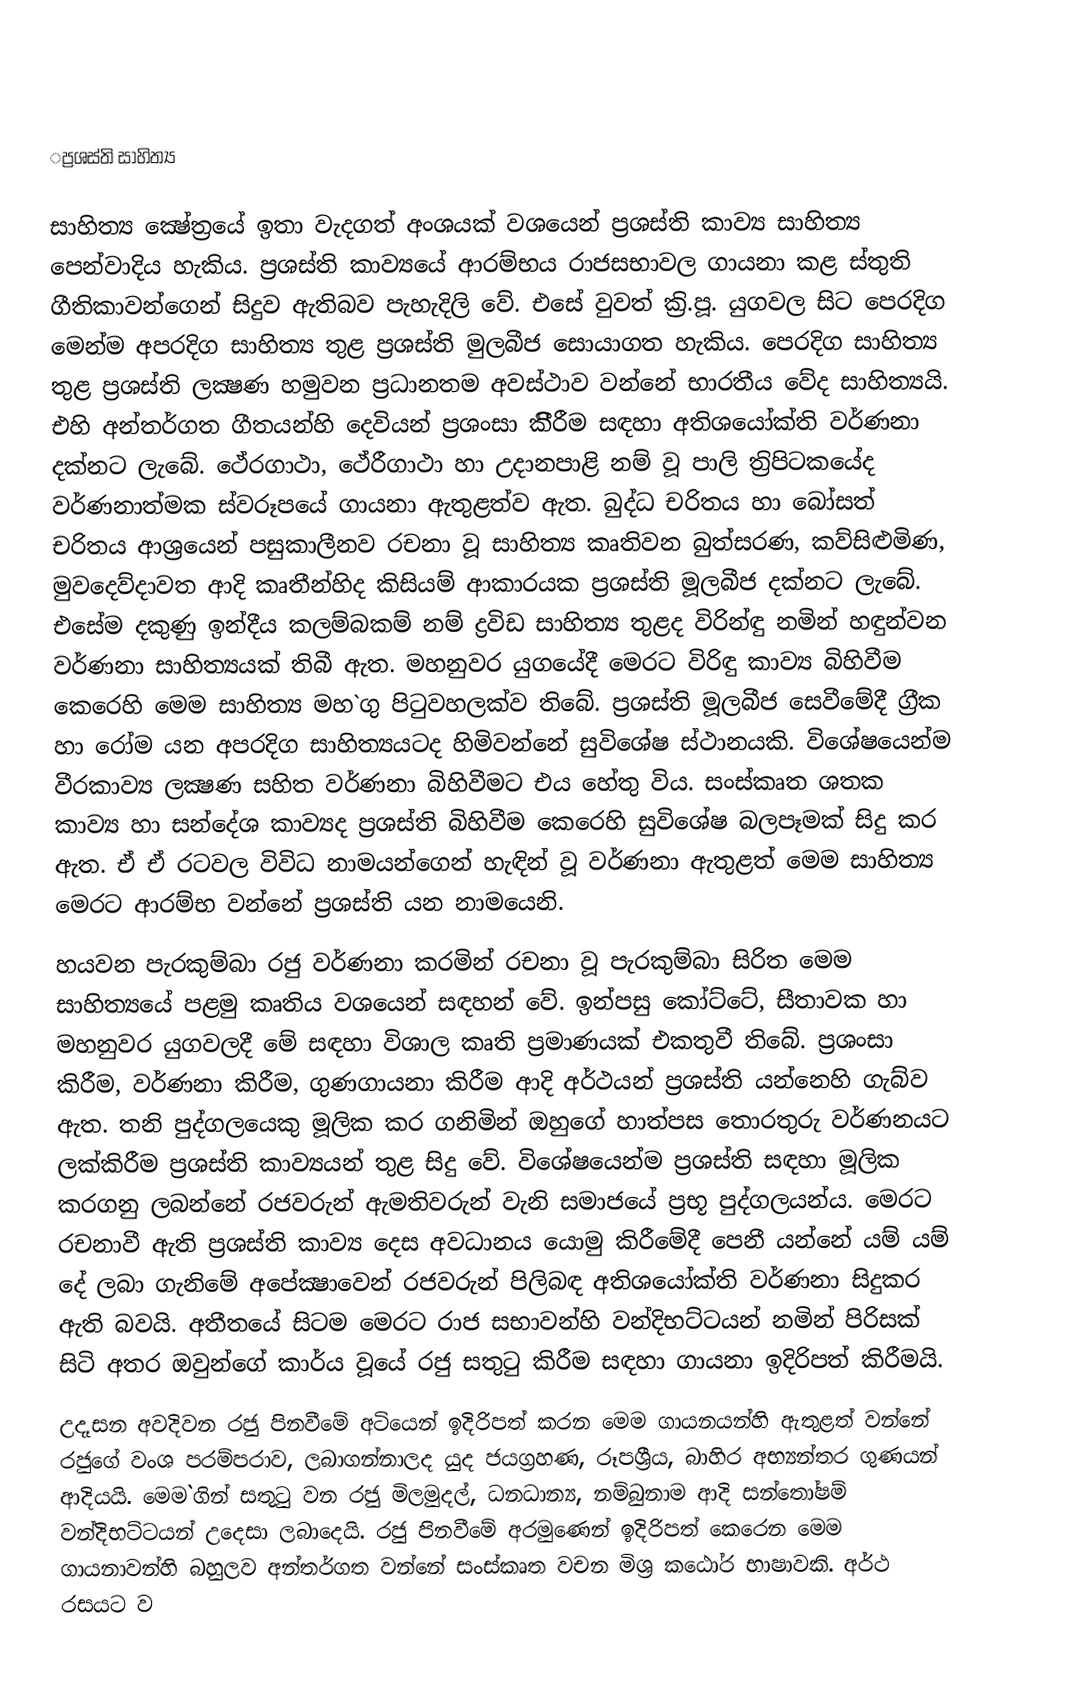

‌ප්‍රශස්ති සාහිත්‍ය

සාහිත්‍ය ක්‍ෂේත‍්‍රයේ ඉතා වැදගත් අංශයක් වශයෙන් ප‍්‍රශස්ති කාව්‍ය සාහිත්‍ය පෙන්වාදිය හැකිය. ප‍්‍රශස්ති කාව්‍යයේ ආරම්භය රාජසභාවල ගායනා කළ ස්තුති ගීතිකාවන්ගෙන් සිදුව ඇතිබව පැහැදිලි වේ. එසේ වුවත් ක‍්‍රි.පූ. යුගවල සිට පෙරදිග මෙන්ම අපරදිග සාහිත්‍ය තුළ ප‍්‍රශස්ති මුලබීජ සොයාගත හැකිය. පෙරදිග සාහිත්‍ය තුළ ප‍්‍රශස්ති ලක්‍ෂණ හමුවන ප‍්‍රධානතම අවස්ථාව වන්නේ භාරතීය වේද සාහිත්‍යයි. එහි අන්තර්ගත ගීතයන්හි දෙවියන් ප‍්‍රශංසා කිීරීම සඳහා අතිශයෝක්ති වර්ණනා දක්නට ලැබේ. ථේරගාථා, ථේරීගාථා හා උදානපාළි නම් වූ පාලි ත‍්‍රිපිටකයේද වර්ණනාත්මක ස්වරූපයේ ගායනා ඇතුළත්ව ඇත. බුද්ධ චරිතය හා බෝසත් චරිතය ආශ‍්‍රයෙන් පසුකාලීනව රචනා වූ සාහිත්‍ය කෘතිවන බුත්සරණ, කව්සිළුමිණ, මුවදෙව්දාවත ආදි කෘතීන්හිද කිසියම් ආකාරයක ප‍්‍රශස්ති මූලබීජ දක්නට ලැබේ. එසේම දකුණු ඉන්දීය කලම්බකම් නම් ද්‍රවිඩ සාහිත්‍ය තුළද විරින්ඳු නමින් හඳුන්වන වර්ණනා සාහිත්‍යයක් තිබී ඇත. මහනුවර යුගයේදී මෙරට විරිඳු කාව්‍ය බිහිවීම කෙරෙහි මෙම සාහිත්‍ය මහ`ගු පිටුවහලක්ව තිබේ. ප‍්‍රශස්ති මූලබීජ සෙවීමේදී ග‍්‍රීක හා රෝම යන අපරදිග සාහිත්‍යයටද හිමිවන්නේ සුවිශේෂ ස්ථානයකි. විශේෂයෙන්ම වීරකාව්‍ය ලක්‍ෂණ සහිත වර්ණනා බිහිවීමට එය හේතු විය. සංස්කෘත ශතක කාව්‍ය හා සන්දේශ කාව්‍යද ප‍්‍රශස්ති බිහිවීම කෙරෙහි සුවිශේෂ බලපෑමක් සිදු කර ඇත. ඒ ඒ රටවල විවිධ නාමයන්ගෙන් හැඳින් වූ වර්ණනා ඇතුළත් මෙම සාහිත්‍ය මෙරට ආරම්භ වන්නේ ප‍්‍රශස්ති යන නාමයෙනි.
හයවන පැරකුම්බා රජු වර්ණනා කරමින් රචනා වූ පැරකුම්බා සිරිත මෙම සාහිත්‍යයේ පළමු කෘතිය වශයෙන් සඳහන් වේ. ඉන්පසු කෝට්ටේ, සීතාවක හා මහනුවර යුගවලදී මේ සඳහා විශාල කෘති ප‍්‍රමාණයක් එකතුවී තිබේ. ප‍්‍රශංසා කිරීම, වර්ණනා කිරීම, ගුණගායනා කිරීම ආදි අර්ථයන් ප‍්‍රශස්ති යන්නෙහි ගැබ්ව ඇත. තනි පුද්ගලයෙකු මූලික කර ගනිමින් ඔහුගේ හාත්පස තොරතුරු වර්ණනයට ලක්කිරීම ප‍්‍රශස්ති කාව්‍යයන් තුළ සිදු වේ. විශේෂයෙන්ම ප‍්‍රශස්ති සඳහා මූලික කරගනු ලබන්නේ රජවරුන් ඇමතිවරුන් වැනි සමාජයේ ප‍්‍රභූ පුද්ගලයන්ය. මෙරට රචනාවී ඇති ප‍්‍රශස්ති කාව්‍ය දෙස අවධානය යොමු කිරීමේදී පෙනී යන්නේ යම් යම් දේ ලබා ගැනිමේ අපේක්‍ෂාවෙන් රජවරුන් පිලිබඳ අතිශයෝක්ති වර්ණනා සිදුකර ඇති බවයි. අතීතයේ සිටම මෙරට රාජ සභාවන්හි වන්දිභට්ටයන් නමින් පිරිසක් සිටි අතර ඔවුන්ගේ කාර්ය වූයේ රජු සතුටු කිරීම සඳහා ගායනා ඉදිරිපත් කිරීමයි.
උදෑසන අවදිවන රජු පිනවීමේ අටියෙන් ඉදිරිපත් කරන මෙම ගායනයන්හි ඇතුළත් වන්නේ රජුගේ වංශ පරම්පරාව, ලබාගන්නාලද යුද ජයග‍්‍රහණ, රූපශ‍්‍රීය, බාහිර අභ්‍යන්තර ගුණයන් ආදියයි. මෙම`ගින් සතුටු වන රජු මිලමුදල්, ධනධාන්‍ය, නම්බුනාම ආදි සන්තෝෂම් වන්දිභට්ටයන් උදෙසා ලබාදෙයි. රජු පිනවීමේ අරමුණෙන් ඉදිරිපත් කෙරෙන මෙම ගායනාවන්හි බහුලව අන්තර්ගත වන්නේ සංස්කෘත වචන මිශ‍්‍ර කඨෝර භාෂාවකි. අර්ථ රසයට ව